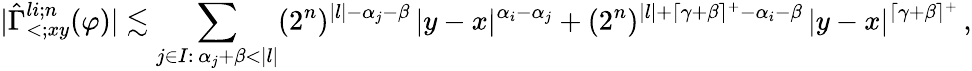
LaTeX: |\hat{\Gamma}_{<;xy}^{li;n}(\varphi)|\lesssim\sum_{\substack{j\in I\colon\, \alpha_{j}+\beta<|l|}}(2^{n})^{|l|-\alpha_{j}-\beta}\, |y-x|^{\alpha_{i}-\alpha_{j}}+(2^{n})^{|l|+\lceil\gamma+\beta\rceil^{+}-\alpha_{i}-\beta}\, |y-x|^{\lceil\gamma+\beta\rceil^{+}}\, ,